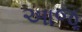
આજૂ